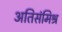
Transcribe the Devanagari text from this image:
अतिसंमिश्र